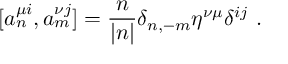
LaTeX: [ a _ { n } ^ { \mu i } , a _ { m } ^ { \nu j } ] = \frac { n } { | n | } \delta _ { n , - m } \eta ^ { \nu \mu } \delta ^ { i j } \ .